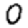
Digit: 0